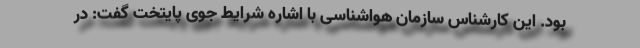
بود. این کارشناس سازمان هواشناسی با اشاره شرایط جوی پایتخت گفت: در